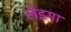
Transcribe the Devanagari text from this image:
लेइगा